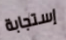
إستجابة